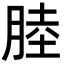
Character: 𦜣